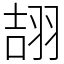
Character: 翓